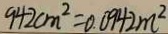
9 4 2 c m ^ { 2 } = 0 . 0 9 4 2 m ^ { 2 }